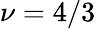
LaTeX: \nu=4/3